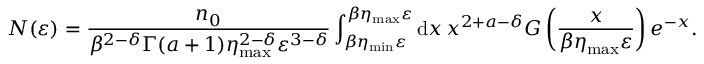
N ( \varepsilon ) = \frac { n _ { 0 } } { \beta ^ { 2 - \delta } \Gamma ( a + 1 ) \eta _ { \mathrm { m a x } } ^ { 2 - \delta } \varepsilon ^ { 3 - \delta } } \int _ { \beta \eta _ { \mathrm { m i n } } \varepsilon } ^ { { \beta \eta _ { \mathrm { m a x } } \varepsilon } } \mathrm { d } x \, x ^ { 2 + a - \delta } G \left( \frac { x } { \beta \eta _ { \mathrm { m a x } } \varepsilon } \right) e ^ { - x } .